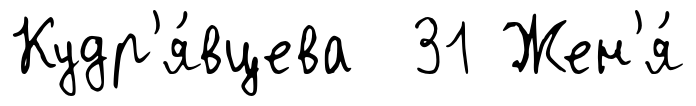
Кудр'я́вцева 31 Жен'я́